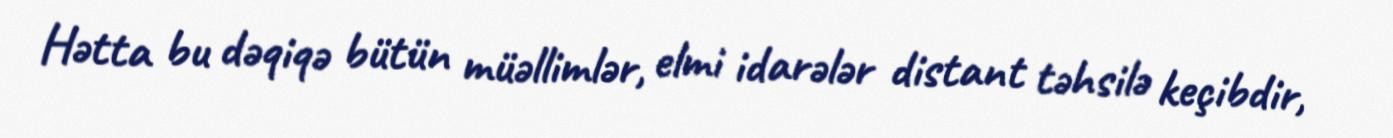
Hətta bu dəqiqə bütün müəllimlər, elmi idarələr distant təhsilə keçibdir,